Scottish Leaving Certificate Examination, 1959
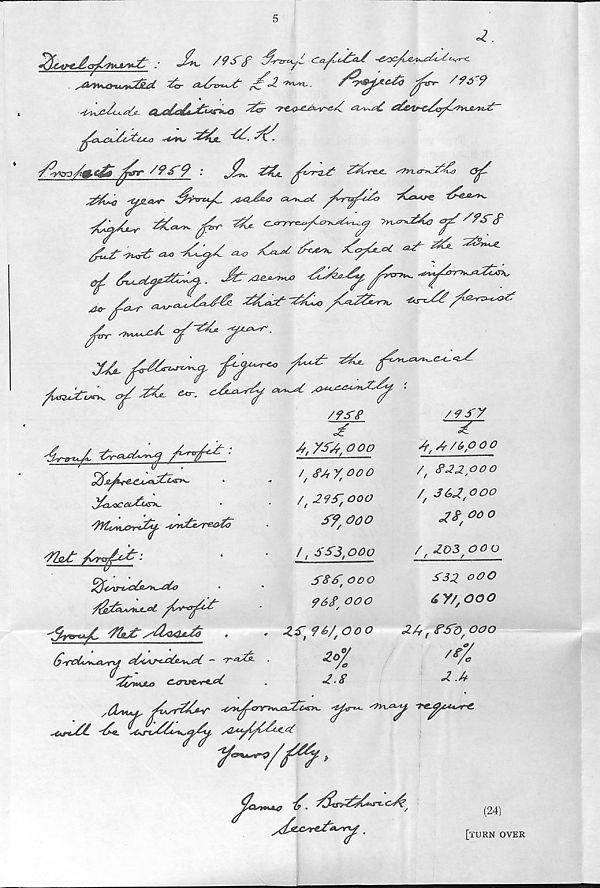
:
X /W
<■ of
^y^3ruytCt&£i ^O- £U^y^t ^*2-
/^*&^Ae£j ^Cr- /f6 9
^
^t^A/^yuuyv^-
AiCr
£jt>0 *4**J
1&&A@
''AS'9 ■*
jh. AAa. jfArxU? AAsrejC- -^VLerxjAA) ¥
J&L*0 ■&&.«*' ^^yC
a-^y^
■fCaXt-^ <6(a.^ ^r- ^ C-<rTr^A=^^ '^^Cj ^ /fS'£
t&fvufZ ^O
S^x!
^ Z&- ;;a^
^ <!Ls£yZ&~«.
a~¥U^ ^S-^lc/«¥¥*,
^
Y^* (^s
w ''
J£d
xS..^
s£~.<~^C^'U:
/ 9 sy
^Z“
4,6/bp 0°
/' FJzpoo
/, 36>A,^00
M o
/ f £03,0 0 0
^39 OOO
dYy COO
<24, rs'o / ooo
€,
/?/.
Y AA. c^. cA^Ay
4v~^jL
A)£^¥eJLAhA£s>*-
^AxxsC&Al^i^
•
jVZjnXyrtA^' A>v£*srea¥c
¥IqA A^Y 4^'
^fes\nsc4^*^04)
yAP^st^d yCv^rjAP
'^£?*ere*^C* '¥t&yy ss'^&q&aA}
«
_
«
«
•
O'Yvt'x^cisry aAy/^-Ae^j<¥. - "?
Ai/vmJLo C~0TXs<rt-A.
•
*
ydxyux. Ysr&*V ^w^ovw^a-ZSrx.
--nxj^y, -TA^u^rt.
^Ul
LLa~yyy PyY^*
y»~r<,/pz?>
^OsteiA# if. ^a>AjfArt.c^/
/fSg
A
¥,'¥¥4,000
/ #Ay,ooo
/' 29S~f OOO
¥9,000
/, S¥3,000
¥S¥, ooo
962, ooo
Z¥ t 96/ t Coo
ZoV
/o
£.8
%
£.4
(24)
[turn over